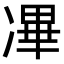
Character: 㓖